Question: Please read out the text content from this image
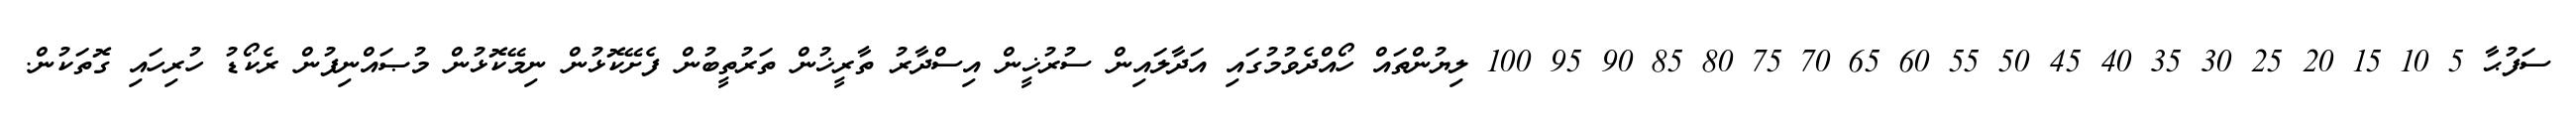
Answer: ސަފުޙާ 5 10 15 20 25 30 35 40 45 50 55 60 65 70 75 80 85 90 95 100 ލިޔުންތައް ހޯއްދެވުމުގައި އަދާލައިން ސުރުޚީން އިސްދާރު ތާރީޚުން ތަރުތީބުން ފެށޭކޮޅުން ނިމޭކޮޅުން މުޞައްނިފުން ރެކޯޑު ހުރިހައި ގޮތަކުން.